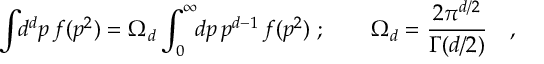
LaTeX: \int \! \! d ^ { d } p \, f ( p ^ { 2 } ) = \Omega _ { d } \int _ { 0 } ^ { \infty } \! \! d p \, p ^ { d - 1 } \, f ( p ^ { 2 } ) \; ; \qquad \Omega _ { d } = \frac { 2 \pi ^ { d / 2 } } { \Gamma ( d / 2 ) } \quad ,